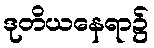
ဒုတိယနေရာ၌